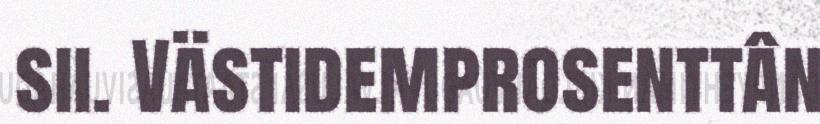
sii. Västidemprosenttân